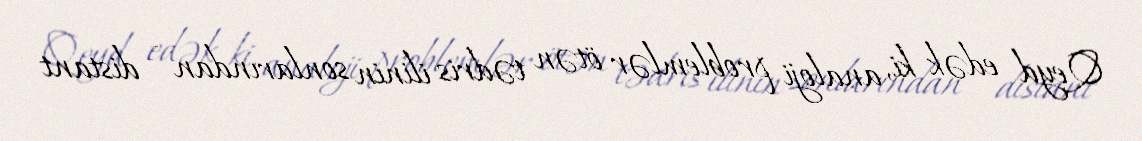
Qeyd edək ki, analoji problemlər ötən tədris ilinin sonlarından - distant